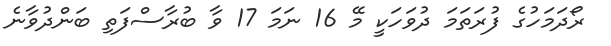
ރޯދަމަހުގެ ފުރަތަމަ ދުވަހަކީ މޭ 16 ނަމަ 17 ވާ ބުރާސްފަތި ބަންދުވާނެ